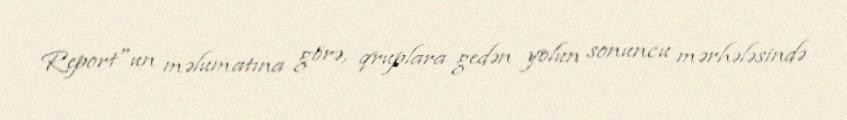
Report"un məlumatına görə, qruplara gedən yolun sonuncu mərhələsində